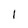
Character: 1